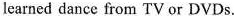
learned dance from TV or DVDs.